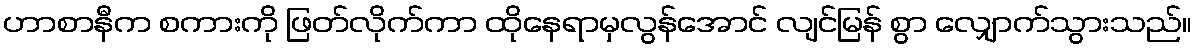
ဟာစာနီက စကားကို ဖြတ်လိုက်ကာ ထိုနေရာမှလွန်အောင် လျင်မြန် စွာ လျှောက်သွားသည်။